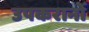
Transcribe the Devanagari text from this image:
उपकरानोँ